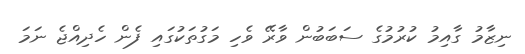
ނިޒާމު ގާއިމު ކުރުމުގެ ސަބަބުން ވާރޭ ވެހި މަގުތަކުގައި ފެން ހެދިއްޖެ ނަމަ